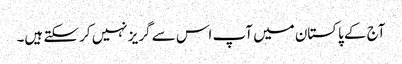
آج کے پاکستان میں آپ اس سے گریز نہیں کر سکتے ہیں۔